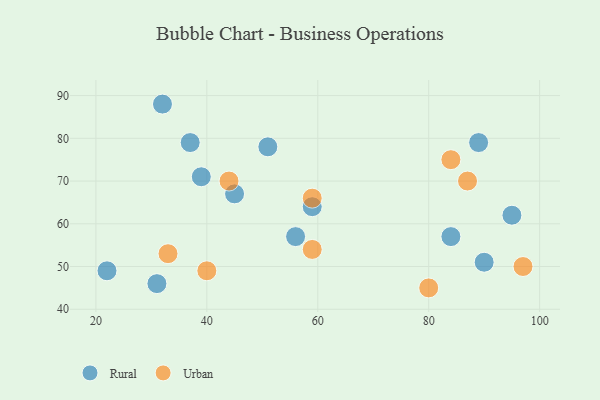
{"axis": {"x": "GDP", "y": "Life Expectancy"}, "legend": ["Rural", "Urban"], "data": [{"x": "32", "y": 88, "type": "Rural"}, {"x": "22", "y": 49, "type": "Rural"}, {"x": "95", "y": 62, "type": "Rural"}, {"x": "56", "y": 57, "type": "Rural"}, {"x": "37", "y": 79, "type": "Rural"}, {"x": "31", "y": 46, "type": "Rural"}, {"x": "39", "y": 71, "type": "Rural"}, {"x": "84", "y": 57, "type": "Rural"}, {"x": "45", "y": 67, "type": "Rural"}, {"x": "51", "y": 78, "type": "Rural"}, {"x": "90", "y": 51, "type": "Rural"}, {"x": "59", "y": 64, "type": "Rural"}, {"x": "89", "y": 79, "type": "Rural"}, {"x": "44", "y": 70, "type": "Urban"}, {"x": "59", "y": 66, "type": "Urban"}, {"x": "80", "y": 45, "type": "Urban"}, {"x": "33", "y": 53, "type": "Urban"}, {"x": "40", "y": 49, "type": "Urban"}, {"x": "97", "y": 50, "type": "Urban"}, {"x": "84", "y": 75, "type": "Urban"}, {"x": "87", "y": 70, "type": "Urban"}, {"x": "59", "y": 54, "type": "Urban"}]}